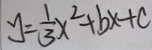
y = \frac { 1 } { 3 } x ^ { 2 } + b x + c